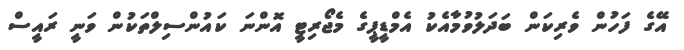
އޭގެ ފަހުން ވެރިކަން ބަދަލުވުމާއެކު އެމްޑީޕީގެ މެޖޯރިޓީ އޮންނަ ކައުންސިލްތަކުން ވަނީ ރައީސް